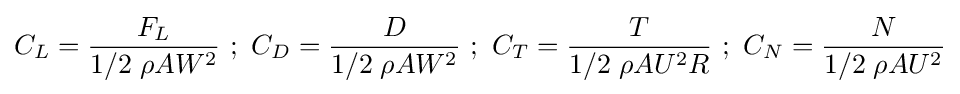
C_{L}={\frac {F_{L}}{{1}/{2}\;\rho AW^{2}}}{\text{     }};{\text{     }}C_{D}={\frac {D}{{1}/{2}\;\rho AW^{2}}}{\text{      }};{\text{      }}C_{T}={\frac {T}{{1}/{2}\;\rho AU^{2}R}}{\text{      }};{\text{     }}C_{N}={\frac {N}{{1}/{2}\;\rho AU^{2}}}